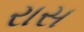
રાસ